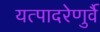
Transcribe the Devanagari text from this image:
यत्पादरेणुर्वै